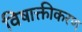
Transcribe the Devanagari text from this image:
विषाक्तीकरण